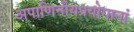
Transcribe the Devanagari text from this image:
अपाणिनीयप्रयोगानां